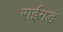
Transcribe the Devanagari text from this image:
राईगड